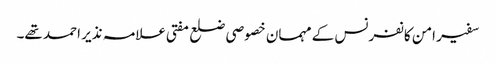
سفیر امن کانفرنس کے مہمان خصوصی ضلع مفتی علامہ نذیر احمد تھے۔